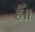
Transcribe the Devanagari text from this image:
हैँ॥